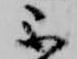
不